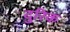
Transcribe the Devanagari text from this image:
दुरिक